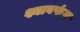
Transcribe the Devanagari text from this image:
श्यावफंग